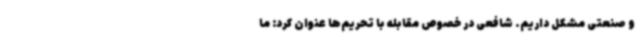
و صنعتی مشکل داریم. شافعی در خصوص مقابله با تحریم‌ها عنوان کرد: ما